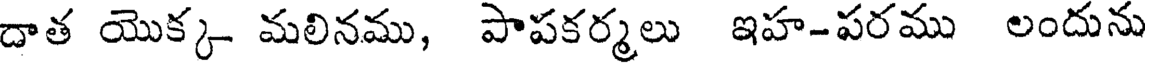
దాత యొక్క మలినము, పాపకర్మలు ఇహ-పరము లందును